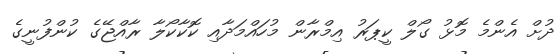
ދުށް އެންމެ މޮޅު ގޯލް ކީޕަރު އިމްރާން މުހައްމަދާއި ކޮކާކޯލާ ރާއްޖޭގެ ކުންފުނީގެ